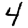
Digit: 4